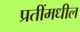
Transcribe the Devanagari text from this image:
प्रतींमधील